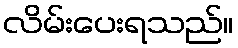
လိမ်းပေးရသည်။